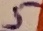
Text: 5